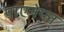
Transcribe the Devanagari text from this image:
पाएनेप्ल्